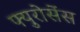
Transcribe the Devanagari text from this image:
फ्युरोसेंस